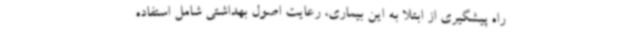
راه پیشگیری از ابتلا به این بیماری، رعایت اصول بهداشتی شامل استفاده